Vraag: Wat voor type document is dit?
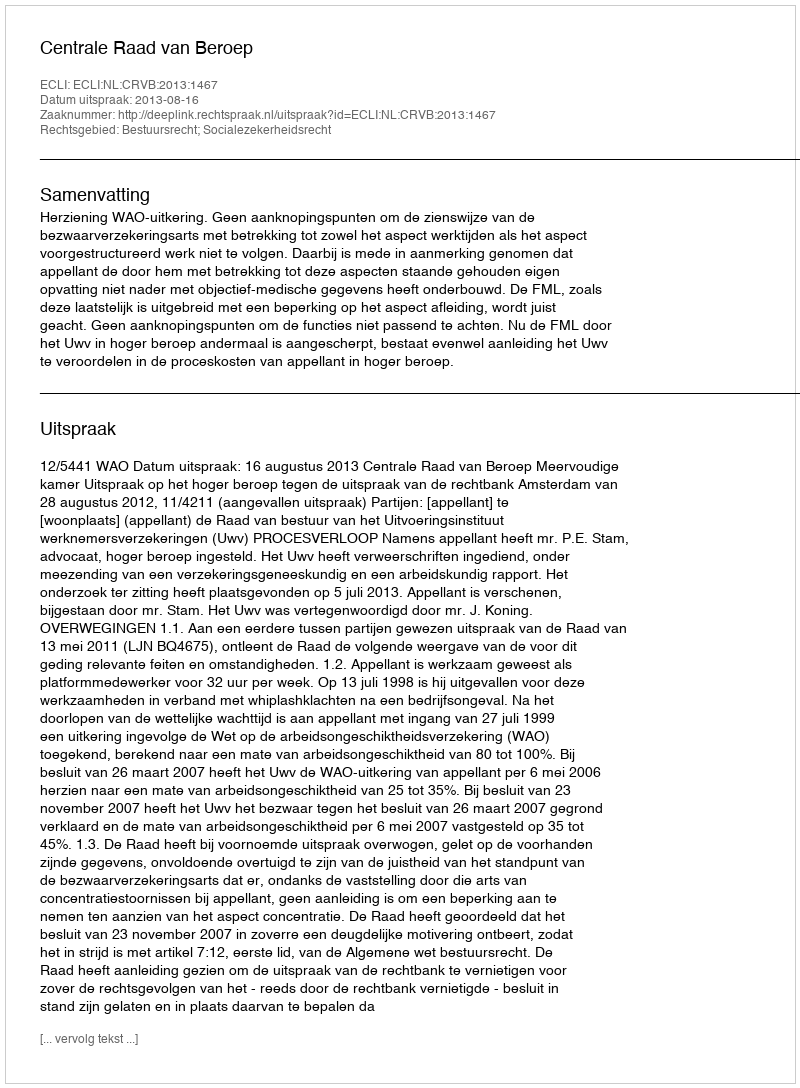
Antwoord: Uitspraak